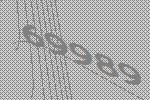
69989